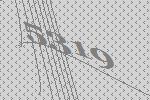
5319